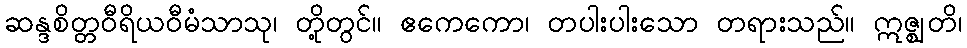
ဆန္ဒစိတ္တဝီရိယဝီမံသာသု၊ တို့တွင်။ ဧကေကော၊ တပါးပါးသော တရားသည်။ ဣဇ္ဈတိ၊